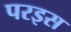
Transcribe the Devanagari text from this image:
परइस